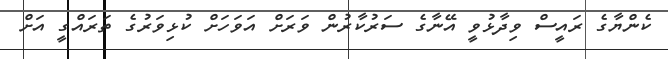
ކެންޔާގެ ރައީސް ވިދާޅުވީ އޭނާގެ ސަރުކާރުން ވަރަށް އަވަހަށް ކުޅިވަރުގެ ތަރައްގީ އަށް